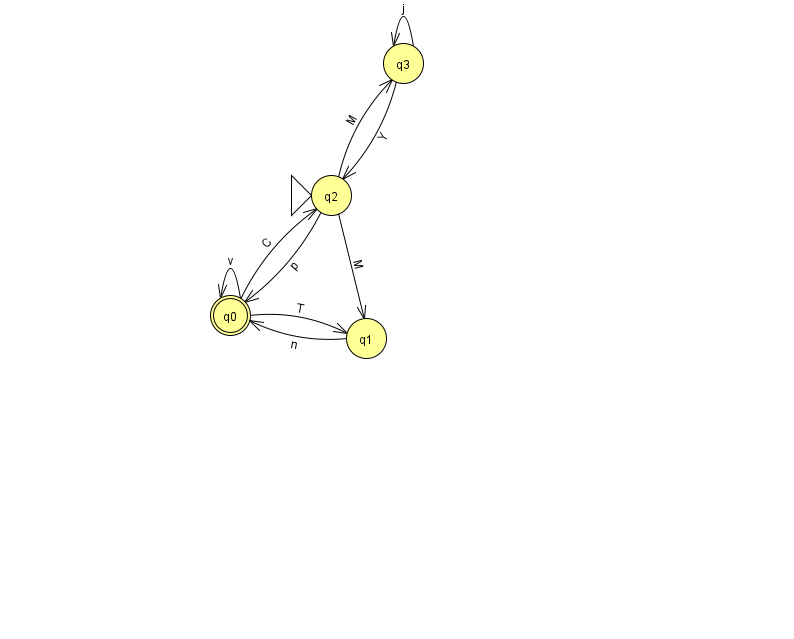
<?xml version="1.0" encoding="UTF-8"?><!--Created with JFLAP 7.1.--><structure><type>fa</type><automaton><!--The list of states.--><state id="0" name="q0"><x>230.0</x><y>302.0</y><final/></state><state id="1" name="q1"><x>366.0</x><y>325.0</y></state><state id="2" name="q2"><x>331.0</x><y>182.0</y><initial/></state><state id="3" name="q3"><x>403.0</x><y>50.0</y></state><!--The list of transitions.--><transition><from>2</from><to>3</to><read>M</read></transition><transition><from>1</from><to>0</to><read>n</read></transition><transition><from>0</from><to>0</to><read>v</read></transition><transition><from>3</from><to>2</to><read>Y</read></transition><transition><from>0</from><to>2</to><read>C</read></transition><transition><from>2</from><to>0</to><read>p</read></transition><transition><from>3</from><to>3</to><read>j</read></transition><transition><from>2</from><to>1</to><read>M</read></transition><transition><from>0</from><to>1</to><read>T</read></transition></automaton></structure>